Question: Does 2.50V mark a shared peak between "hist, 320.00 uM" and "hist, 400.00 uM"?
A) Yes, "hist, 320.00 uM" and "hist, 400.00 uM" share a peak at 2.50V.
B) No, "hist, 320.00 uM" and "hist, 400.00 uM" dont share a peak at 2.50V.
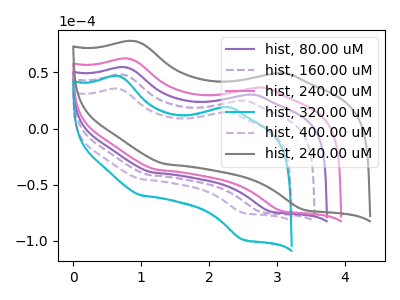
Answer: <think>The purple curve "hist, 80.00 uM" has anodic peaks at (0.80V, 54.35uA) (2.55V, 30.10uA) and cathodic peaks at (1.15V, -38.95uA) (2.90V, -73.60uA). The purple dashed curve "hist, 160.00 uM" has anodic peaks at (0.75V, 47.70uA) (2.45V, 24.65uA) and cathodic peaks at (1.10V, -41.05uA) (2.75V, -74.00uA). The pink curve "hist, 240.00 uM" has anodic peaks at (0.85V, 62.00uA) (2.70V, 36.40uA) and cathodic peaks at (1.25V, -36.50uA) (3.05V, -73.10uA). The cyan curve "hist, 320.00 uM" has anodic peaks at (0.70V, 46.55uA) (2.20V, 19.05uA) and cathodic peaks at (1.00V, -59.30uA) (2.50V, -98.65uA). The purple dashed curve "hist, 400.00 uM" has anodic peaks at (0.70V, 35.30uA) (2.20V, 14.45uA) and cathodic peaks at (1.00V, -45.00uA) (2.50V, -74.80uA). The gray curve "hist, 240.00 uM" has anodic peaks at (0.90V, 77.60uA) (3.00V, 49.25uA) and cathodic peaks at (1.35V, -31.55uA) (3.40V, -72.10uA).</think>
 <answer>A) Yes, "hist, 320.00 uM" and "hist, 400.00 uM" share a peak at 2.50V.</answer>
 <eval>A</eval>